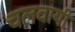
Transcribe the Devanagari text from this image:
चलवायी